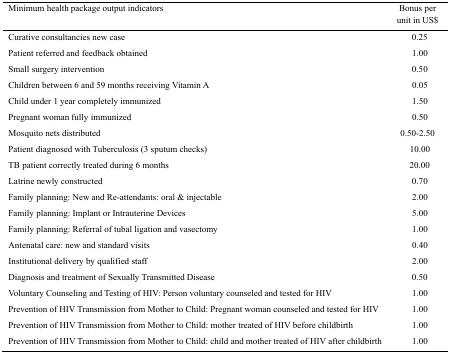
<table><thead><tr><td><b>Minimum health package output indicators</b></td><td><b>Bonus per unit in US$</b></td></tr></thead><tbody><tr><td>Curative consultancies new case</td><td>0.25</td></tr><tr><td>Patient referred and feedback obtained</td><td>1.00</td></tr><tr><td>Small surgery intervention</td><td>0.50</td></tr><tr><td>Children between 6 and 59 months receiving Vitamin A</td><td>0.05</td></tr><tr><td>Child under 1 year completely immunized</td><td>1.50</td></tr><tr><td>Pregnant woman fully immunized</td><td>0.50</td></tr><tr><td>Mosquito nets distributed</td><td>0.50-2.50</td></tr><tr><td>Patient diagnosed with Tuberculosis (3 sputum checks)</td><td>10.00</td></tr><tr><td>TB patient correctly treated during 6 months</td><td>20.00</td></tr><tr><td>Latrine newly constructed</td><td>0.70</td></tr><tr><td>Family planning: New and Re-attendants: oral &amp; injectable</td><td>2.00</td></tr><tr><td>Family planning: Implant or Intrauterine Devices</td><td>5.00</td></tr><tr><td>Family planning: Referral of tubal ligation and vasectomy</td><td>1.00</td></tr><tr><td>Antenatal care: new and standard visits</td><td>0.40</td></tr><tr><td>Institutional delivery by qualified staff</td><td>2.00</td></tr><tr><td>Diagnosis and treatment of Sexually Transmitted Disease</td><td>0.50</td></tr><tr><td>Voluntary Counseling and Testing of HIV: Person voluntary counseled and tested for HIV</td><td>1.00</td></tr><tr><td>Prevention of HIV Transmission from Mother to Child: Pregnant woman counseled and tested for HIV</td><td>1.00</td></tr><tr><td>Prevention of HIV Transmission from Mother to Child: mother treated of HIV before childbirth</td><td>1.00</td></tr><tr><td>Prevention of HIV Transmission from Mother to Child: child and mother treated of HIV after childbirth</td><td>1.00</td></tr></tbody></table>